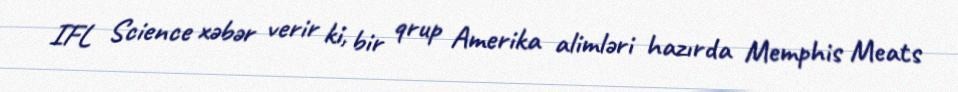
IFL Science xəbər verir ki, bir qrup Amerika alimləri hazırda Memphis Meats